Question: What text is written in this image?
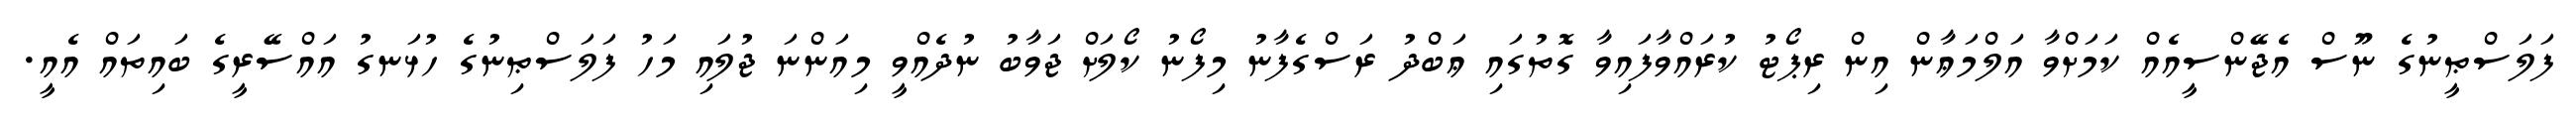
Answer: ފަލަސްޠީނުގެ ނޫސް އެޖޭންސީއެއް ކަމަށްވާ އަލްމަޢާން އިން ރިޕޯޓު ކުރައްވާފައިވާ ގޮތުގައި ޢަބްދު ރަސްގެފާނު މިފޯނު ކޯލަށް ޖަވާބު ނުދެއްވީ މިއަންނަ ޖުލައި މަހު ފަލަސްޠިނުގެ ހުޅަނގު އައްސޭރީގެ ބައިތައް އެއީ.